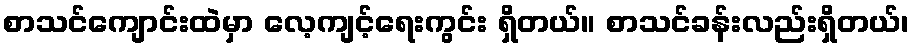
စာသင်ကျောင်းထဲမှာ လေ့ကျင့်ရေးကွင်း ရှိတယ်။ စာသင်ခန်းလည်းရှိတယ်၊